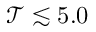
\mathcal { T } \lesssim 5 . 0 \